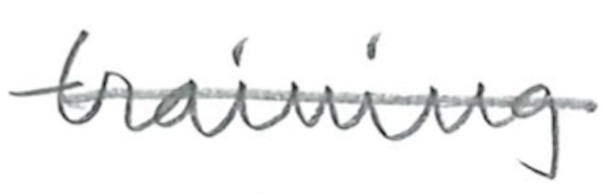
Text: training
Cross-out: single-line
Writing tool: pencil